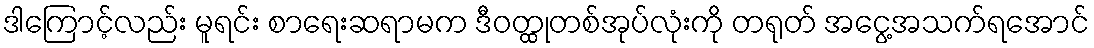
ဒါကြောင့်လည်း မူရင်း စာရေးဆရာမက ဒီဝတ္ထုတစ်အုပ်လုံးကို တရုတ် အငွေ့အသက်ရအောင်